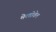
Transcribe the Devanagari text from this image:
मेक्डोवेल